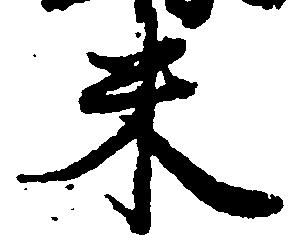
米